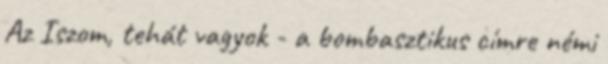
Az Iszom, tehát vagyok - a bombasztikus címre némi